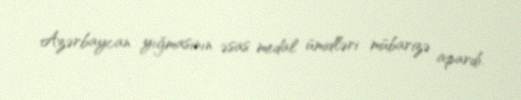
Azərbaycan yığmasının əsas medal ümidləri mübarizə apardı.